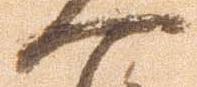
一